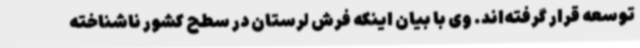
توسعه قرار گرفته‌اند. وی با بیان اینکه فرش لرستان در سطح کشور ناشناخته